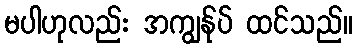
မပါဟုလည်း အကျွန်ုပ် ထင်သည်။